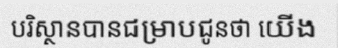
បរិស្ថានបានជម្រាបជូនថា យើង